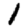
Digit: 1